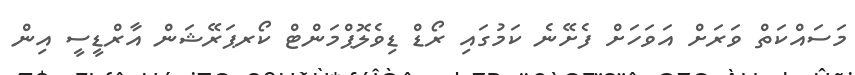
މަސައްކަތް ވަރަށް އަވަހަށް ފެށޭނެ ކަމުގައި ރޯޑް ޑިވެލޮޕްމަންޓް ކޯރޕަރޭޝަން އާރްޑީސީ އިން